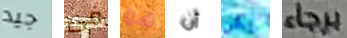
جيد فى هيا أن يكن برجاء